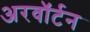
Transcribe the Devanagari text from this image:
अरवॉर्टन